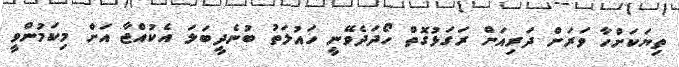
ތިޔަކަށްހާ ވަރަށް ދަރިއަށް ރަގަޅުގޮތް ހޯދަދެވޭނީ ހައުލަތު ބުނެދީބަލަ އެކުއްޖާ އަށް މިކަމުންވީ